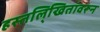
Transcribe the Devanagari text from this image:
हस्तलि्खितांवरून